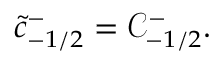
\tilde { c } _ { - 1 / 2 } ^ { - } = \mathcal { C } _ { - 1 / 2 } ^ { - } .